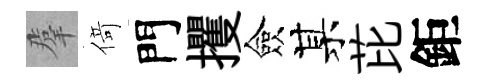
羣𠋣門攫僉某芘鉅